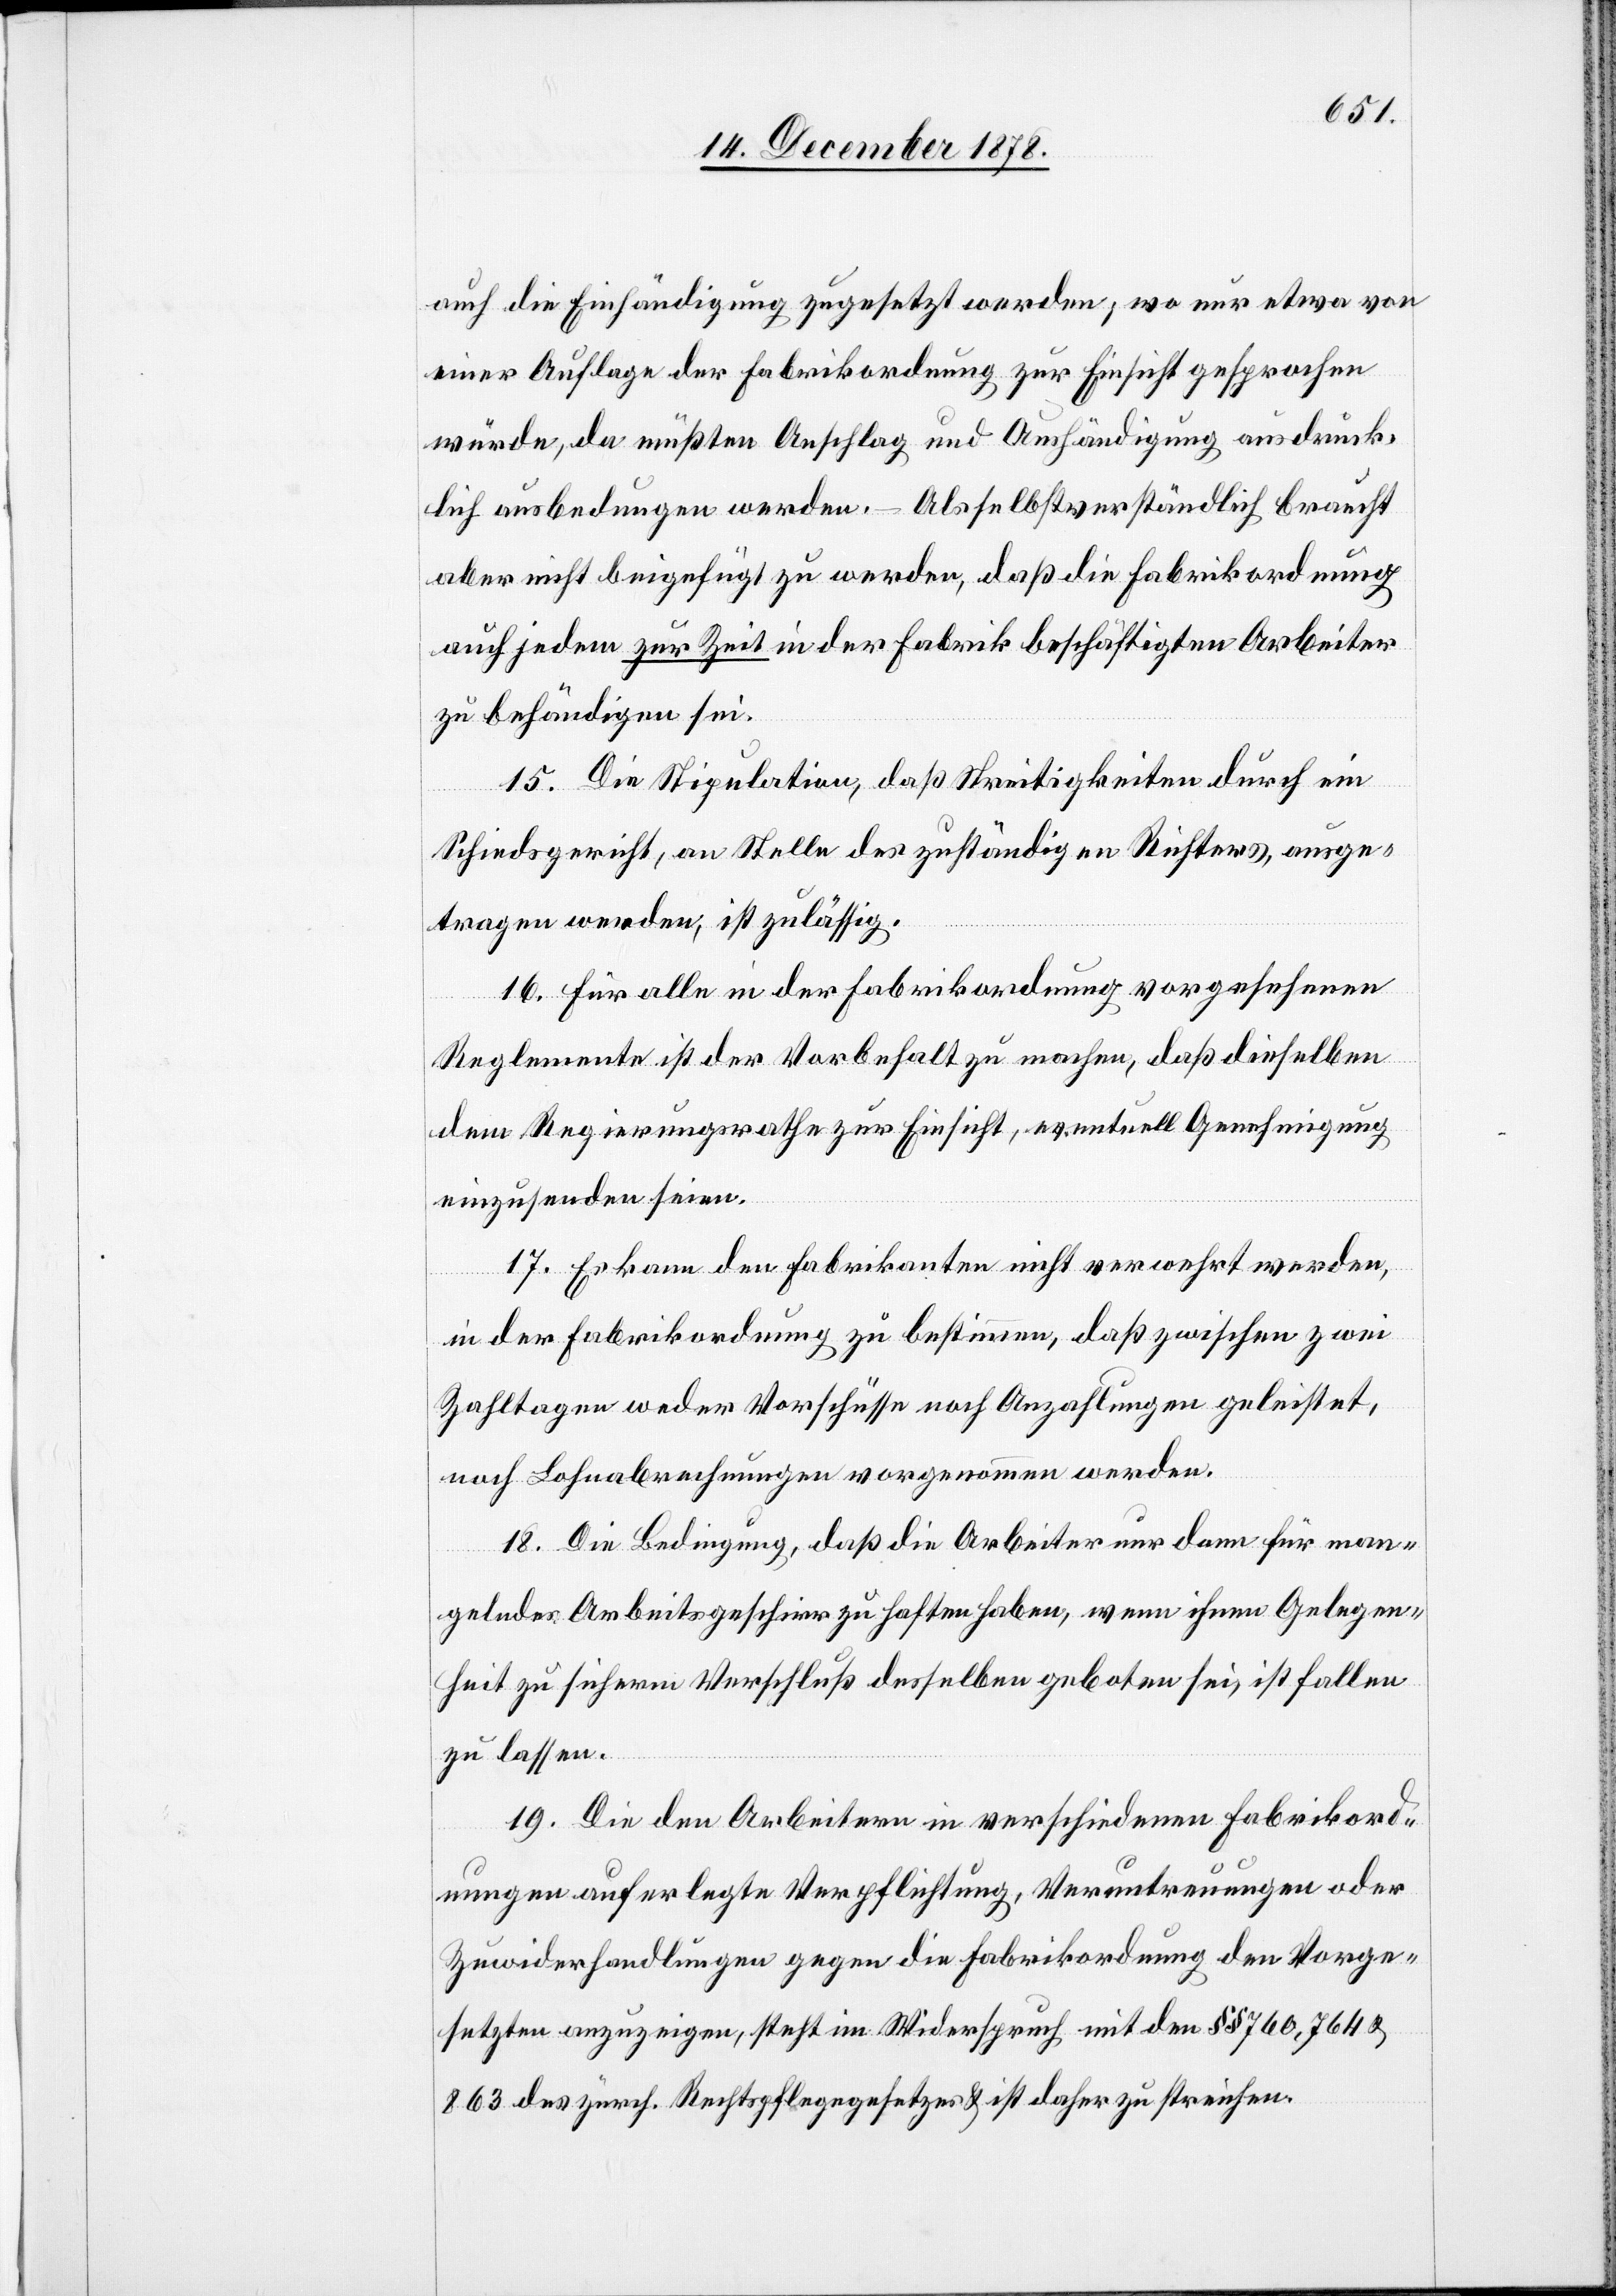
auch die Einhändigung zugesetzt werden, wo nur etwa vor
einer Auflage der Fabrikordnung zur Einsicht gesprochen
würde, da müßten Anschlag und Aushändigung ausdrück¬
lich ausbedungen werden. Als selbstverständlich braucht
aber nicht beigefügt zu werden, daß die Fabrikordnung
auf jeden zur Zeit in der Fabrik beschäftigten Arbeiter
zu behändigen sei.
15. Die Stipulation, daß Streitigkeiten durch ein
Schiedsgericht, an Stelle des zuständigen Richters, ausge¬
tragen werden, ist zulässig.
16. Für alle in der Fabrikordnung vorgesehenen
Reglemente ist der Vorbehalt zu machen, daß dieselben
dem Regierungsrathe zur Einsicht, eventuell Genehmigung
einzusenden seien.
17. Es kann den Fabrikanten nicht verwehrt werden,
in der Fabrikordnung zu bestimmen, daß zwischen zwei
Zahltagen weder Vorschüsse noch Anzahlungen geleistet,
noch Lohnabrechnungen vorgenommen werden.
18. Die Bedingung, daß die Arbeiter nur dann für man¬
gelndes Arbeitsgeschirr zu haften haben, wenn ihnen Gelegen¬
heit zu sicherm Verschluß desselben geboten sei, ist fallen
zu lassen.
19. Die den Arbeitern in verschiedenen Fabrikord¬
nungen auferlegte Verpflichtung, Veruntreuungen oder
Zuwiderhandlungen gegen die Fabrikordnung den Vorge¬
setzten anzuzeigen, steht im Widerspruch mit den §§ 760, 764 &
863 des zürch. Rechtspflegegesetzes & ist daher zu streichen.